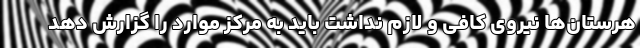
هرستان‌ها نیروی کافی و لازم نداشت باید به مرکز موارد را گزارش دهد